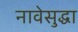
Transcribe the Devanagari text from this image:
नावेसुद्धा